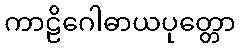
ကာဠိဂေါဓာယပုတ္တော